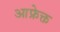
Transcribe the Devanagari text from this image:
आफ्रेक्त